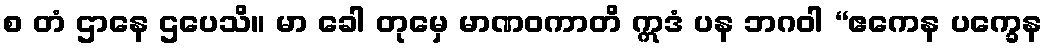
စ တံ ဌာနေ ဌပေသိ။ မာ ခေါ တုမှေ မာဏဝကာတိ ဣဒံ ပန ဘဂဝါ “ဧကေန ပက္ခေန